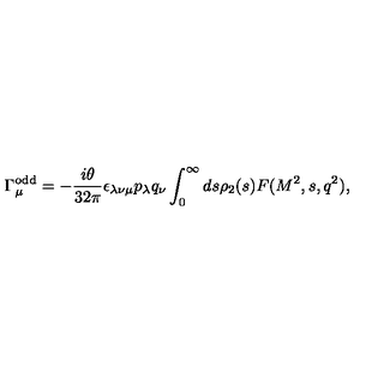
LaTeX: \Gamma _ { \mu } ^ { \mathrm { o d d } } = - { \frac { i \theta } { 3 2 \pi } } \epsilon _ { \lambda \nu \mu } p _ { \lambda } q _ { \nu } \int _ { 0 } ^ { \infty } d s \rho _ { 2 } ( s ) F ( M ^ { 2 } , s , q ^ { 2 } ) ,